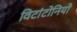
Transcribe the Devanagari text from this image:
विटांटोनियो